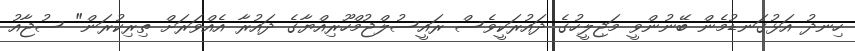
ހިނދު އަޅުގަނޑުމެން ބޭނުންވީ މަޖިލީހުގެ ދައުރަކީވެސް ރައީސުލްޖުމްހޫރިއްޔާގެ ދައުރާ އެއްވަރަށް ތިރިކުރަން" ސުޖާއު